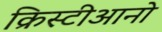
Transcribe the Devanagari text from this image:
क्रिस्टीआनो